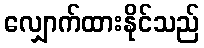
လျှောက်ထားနိုင်သည်